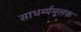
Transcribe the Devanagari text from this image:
साधर्म्यमूलक